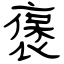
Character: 褒